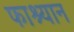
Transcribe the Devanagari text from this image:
फाश्यान